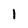
Character: l